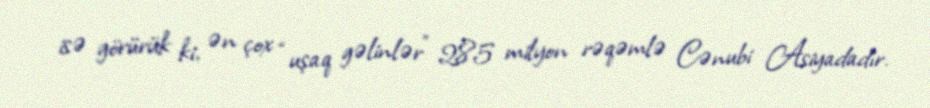
isə görürük ki, ən çox “uşaq gəlinlər” 285 milyon rəqəmlə Cənubi Asiyadadır.